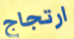
ارتجاج